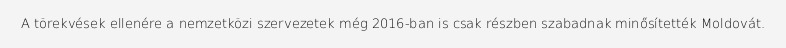
A törekvések ellenére a nemzetközi szervezetek még 2016-ban is csak részben szabadnak minősítették Moldovát.